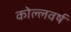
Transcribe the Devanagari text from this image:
कोल्लवर्ष